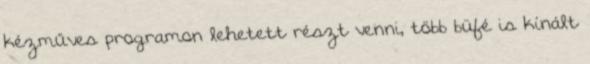
kézműves programon lehetett részt venni, több büfé is kínált